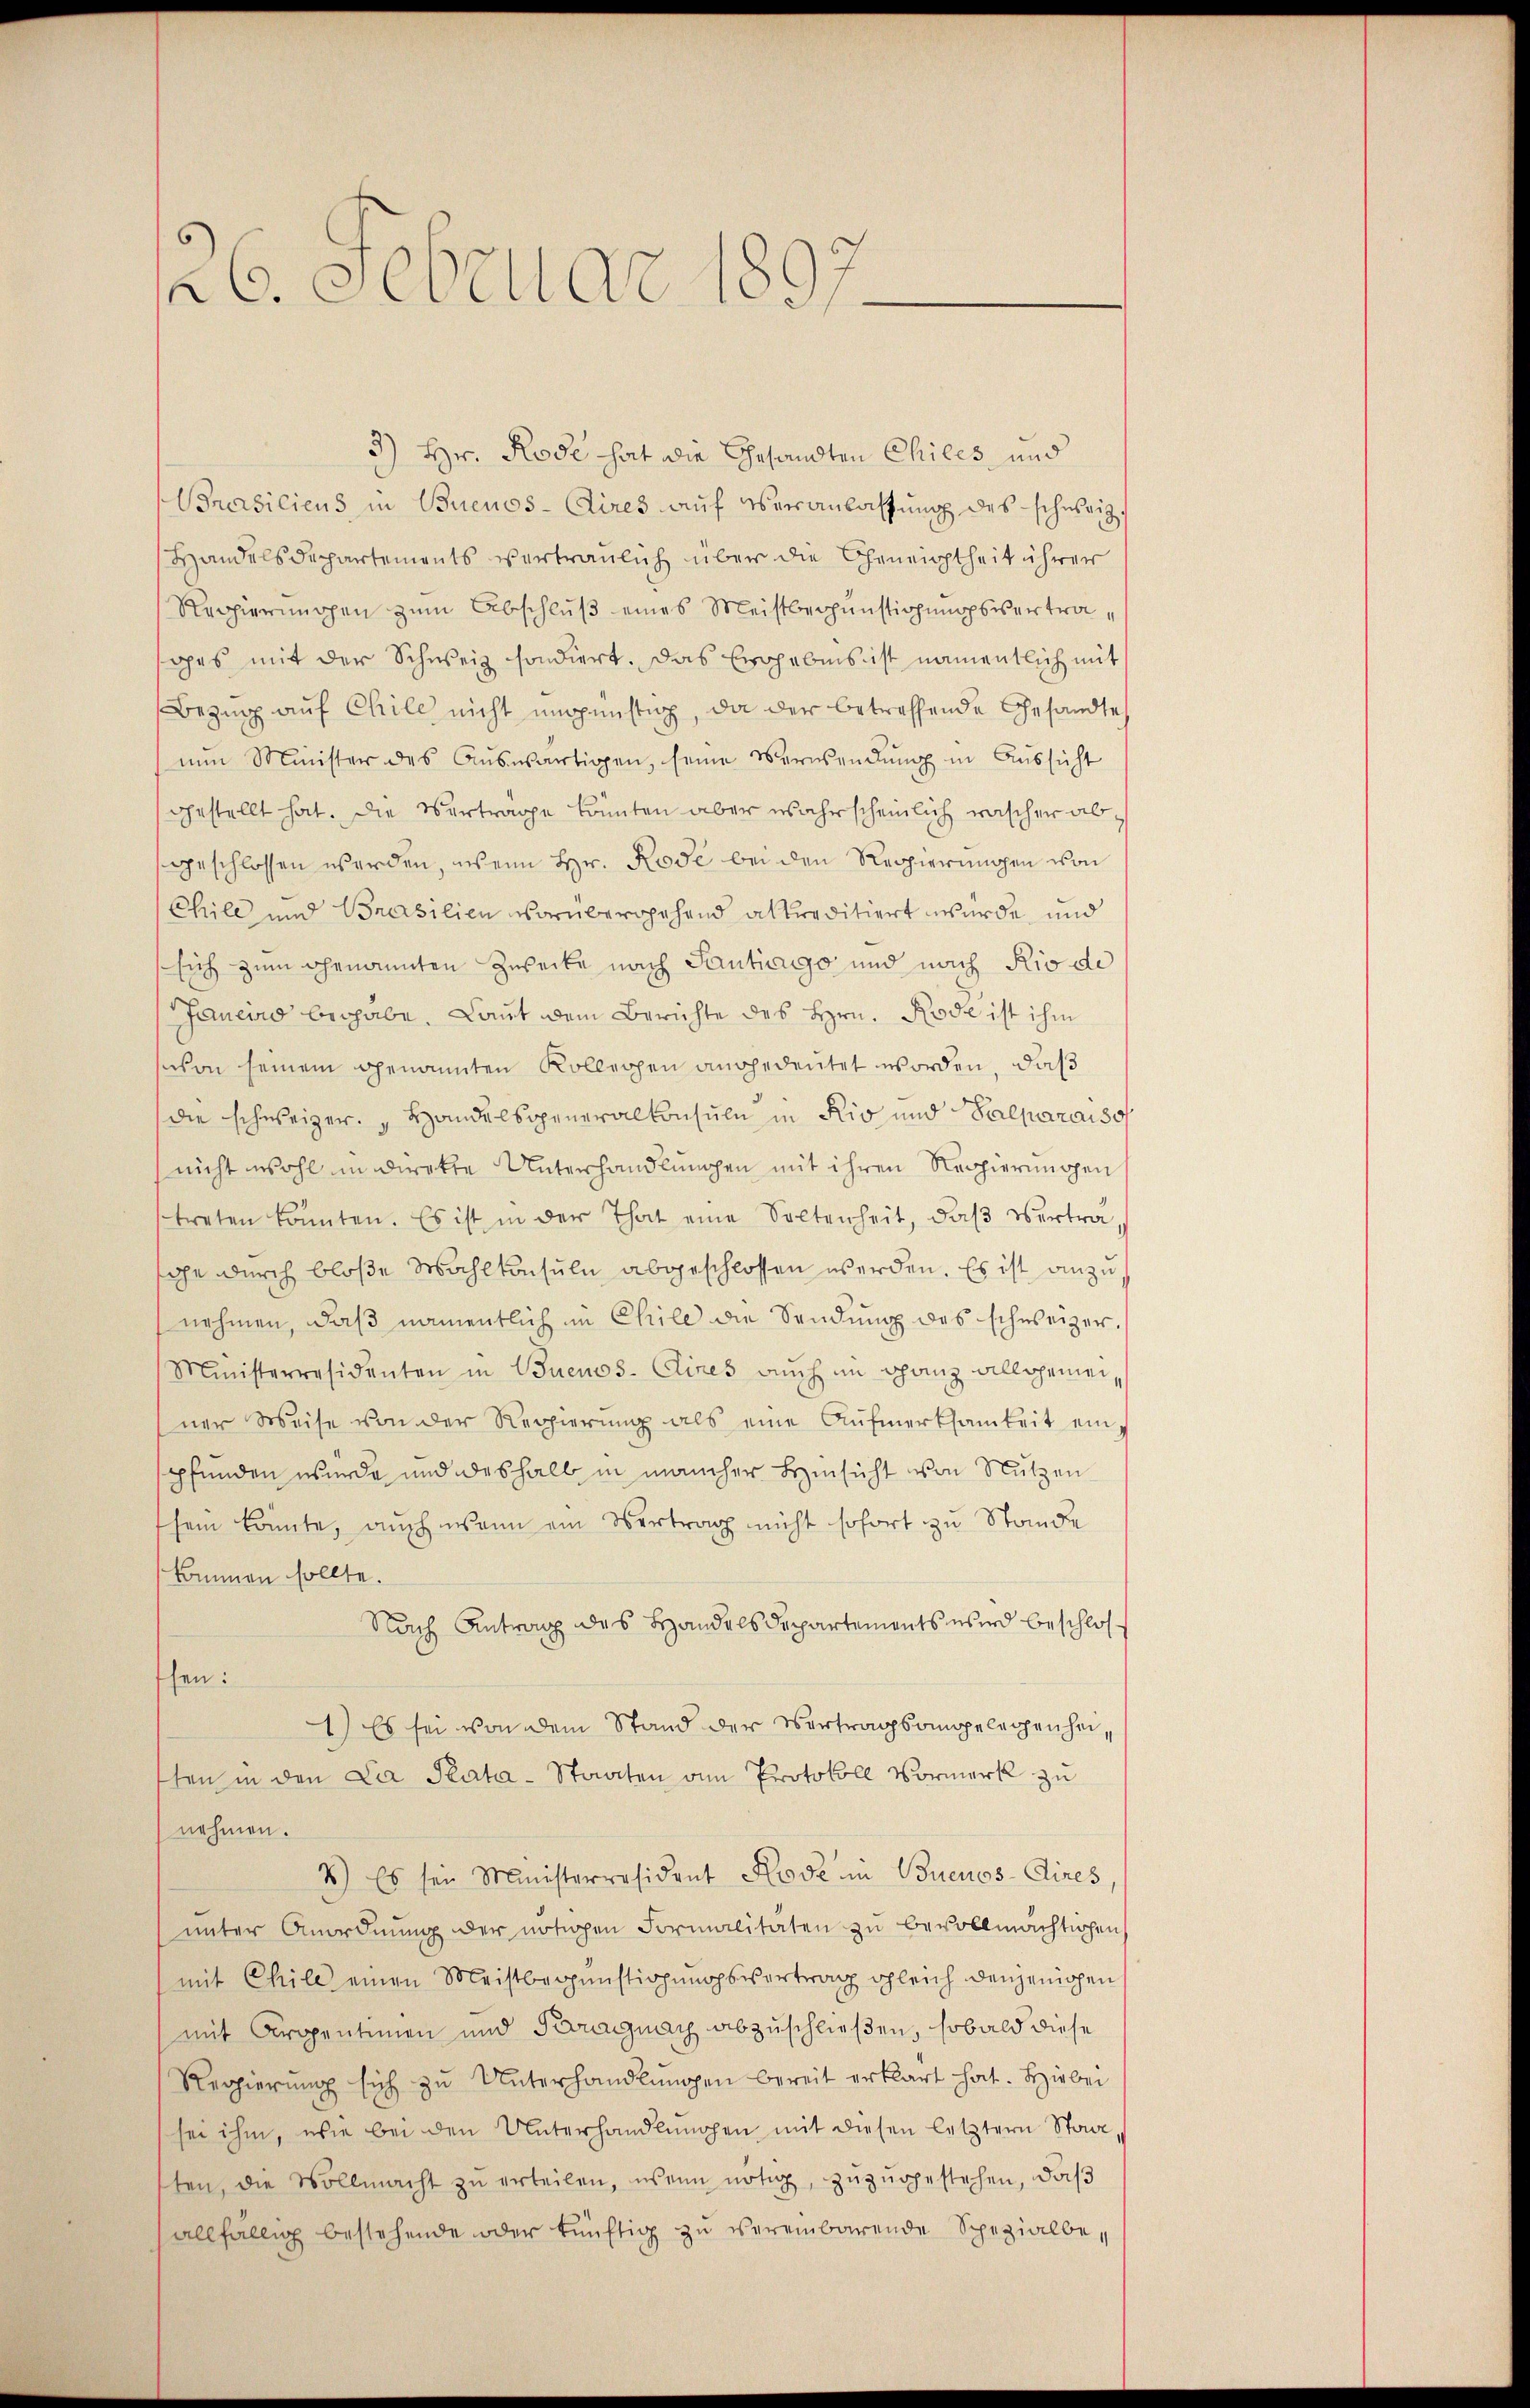
6. Jeoettar 1897.

3) Hr. Rose hat die Gesandten Chiles und
Prasiliens, in Buenos-Aires aŭf Veranlassŭng des schweiz
Handelsdepartements vertraulich über die Geneichtheit ihrer
Regierungen zum Abschluß eines Meistbegünstigungsvertrasors mit der Schweiz sondiert. Das Erhebens ist namentlich mit
Bezug auf Chile nicht ungünstig, da der betreffende Gesandte
nŭn Minister des Aŭswärtigen, seine Verwendŭng in Aŭssicht
gestellt hat. Die Vertrage könnten aber wahrscheinlich wascher absgeschlossen werden, wenn Hr. Rose bei den Regierungen von
Chill und Brasilien vorübergehend allerditiert wurde, und
sich zum genannten Zwecke nach Santiso und nach Rio de
Jauens begabe. Laut dem Berichte des Hrn. Rode ist ihm
schon seinem genannten Kollegen angedeutet worden, daß
die schweizer. „Handelsgeneralkonsuln in Rio und Palparaiso
nicht wohl in direkte Unterhandlungen mit ihren Regierungen
treten könnten. Es ist in der That eine Soltenheit, daβ vertrage durch bloße Wahlkonsuln abgeschlossen werden. Es ist anzunehmen, daß namentlich im Chile die Sendung des schweizer.
Ministerresidenten in Buenos-Aines auch im Ganz allgemeiner Weise von der Regierŭng als eine Aŭfmerksamkeit ein,
pfunden wurde und deshalb in mancher Hinsicht von Nutzen
sein könnte, auch wenn ein Vertrag nicht sofort zu Stande
kommen sollte.
Nach Antrag des Handels Departements wird beschlosthen:
1) Es sei von dem Stand der Vortragsangelegenheisten in den Laa Plata - Staaten am Protokoll Vormerk zu
nehmen.
3.) Es sein Ministerresident Kode in Buenos-Aires,
unter Anordnung der nötigen Formalitäten zu bevollmächtichen
mit Chile einen Meistbegünstigungsvertrag gleich denjenigen
mit Kropentimen und Paragnach abzuschließen, sobald diese
Rergierung sich zu Unterhandlungen bereit erklärt hat. Hiebei
sei ihm, wie bei den Unterhandlŭngen, mit diesen letztern Stand,
ten, die Vollmacht zu erteilen, wenn nötig, zuzugestehen, daß
allfällig bestehende oder künftig zu vereinbarende Spezialbe¬